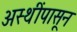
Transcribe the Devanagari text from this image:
अस्थींपासून